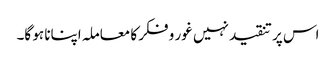
اس پر تنقید نہیں غور و فکر کا معاملہ اپنانا ہو گا۔